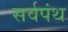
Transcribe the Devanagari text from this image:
सर्वपंथ